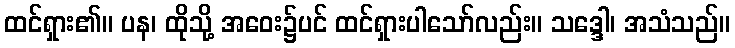
ထင်ရှား၏။ ပန၊ ထိုသို့ အဝေး၌ပင် ထင်ရှားပါသော်လည်း။ သဒ္ဒေါ၊ အသံသည်။